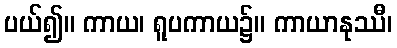
ပယ်၍။ ကာယ၊ ရူပကာယ၌။ ကာယာနုဿီ၊